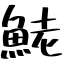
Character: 鮱